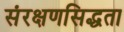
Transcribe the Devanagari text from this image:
संरक्षणसिद्धता